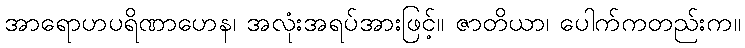
အာရောဟပရိဏာဟေန၊ အလုံးအရပ်အားဖြင့်။ ဇာတိယာ၊ ပေါက်ကတည်းက။